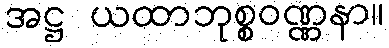
အဋ္ဌ ယထာဘုစ္စဝဏ္ဏနာ။